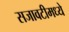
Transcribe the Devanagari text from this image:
सजावटीमध्ये